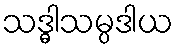
သဒ္ဓါသမ္ပဒါယ